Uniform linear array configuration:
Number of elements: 24
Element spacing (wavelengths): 1
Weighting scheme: exponential
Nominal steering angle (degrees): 60
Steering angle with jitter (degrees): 60.244
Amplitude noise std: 0.05
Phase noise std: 0.05

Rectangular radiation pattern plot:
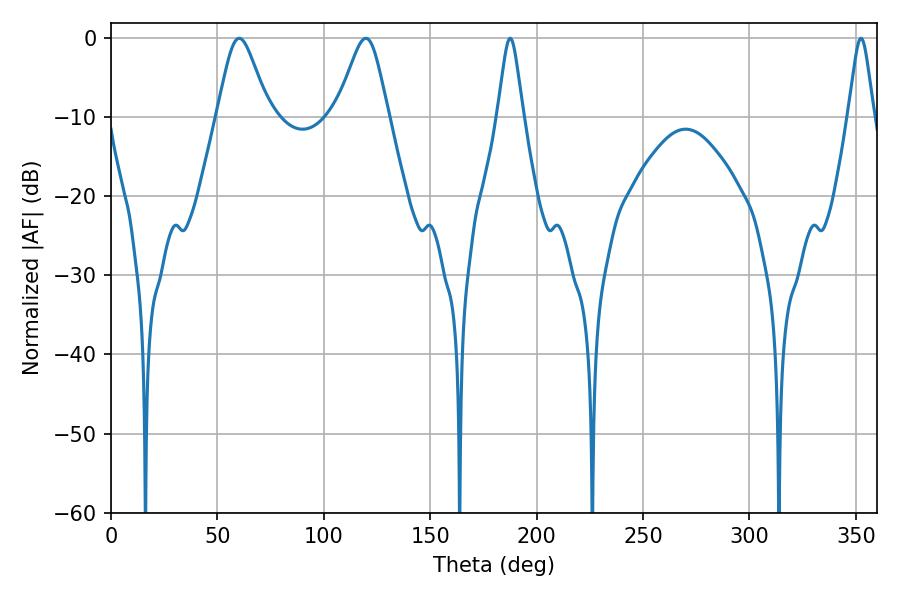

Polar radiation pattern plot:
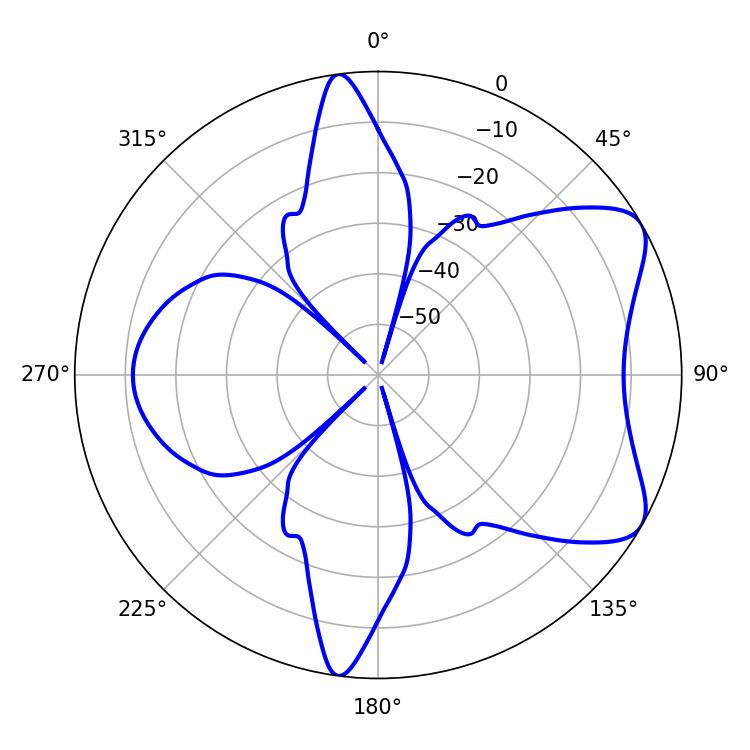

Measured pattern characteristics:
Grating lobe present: TRUE
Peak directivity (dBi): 7.045
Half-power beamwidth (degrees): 5.76
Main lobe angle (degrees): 187.56